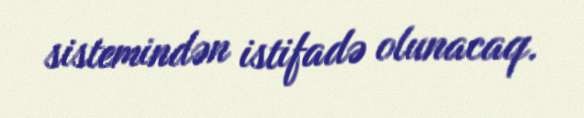
sistemindən istifadə olunacaq.